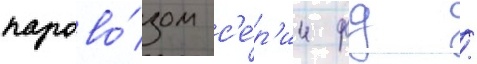
парово́зом с'е́р'ии фд /